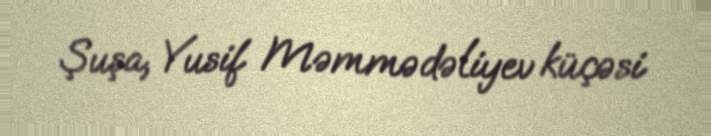
Şuşa, Yusif Məmmədəliyev küçəsi